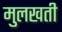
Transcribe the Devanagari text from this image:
मुलखती